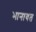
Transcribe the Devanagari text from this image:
भानावत